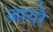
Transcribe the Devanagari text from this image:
ज़ायरे